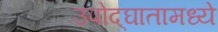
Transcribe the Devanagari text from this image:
उपोद्‌घातामध्ये